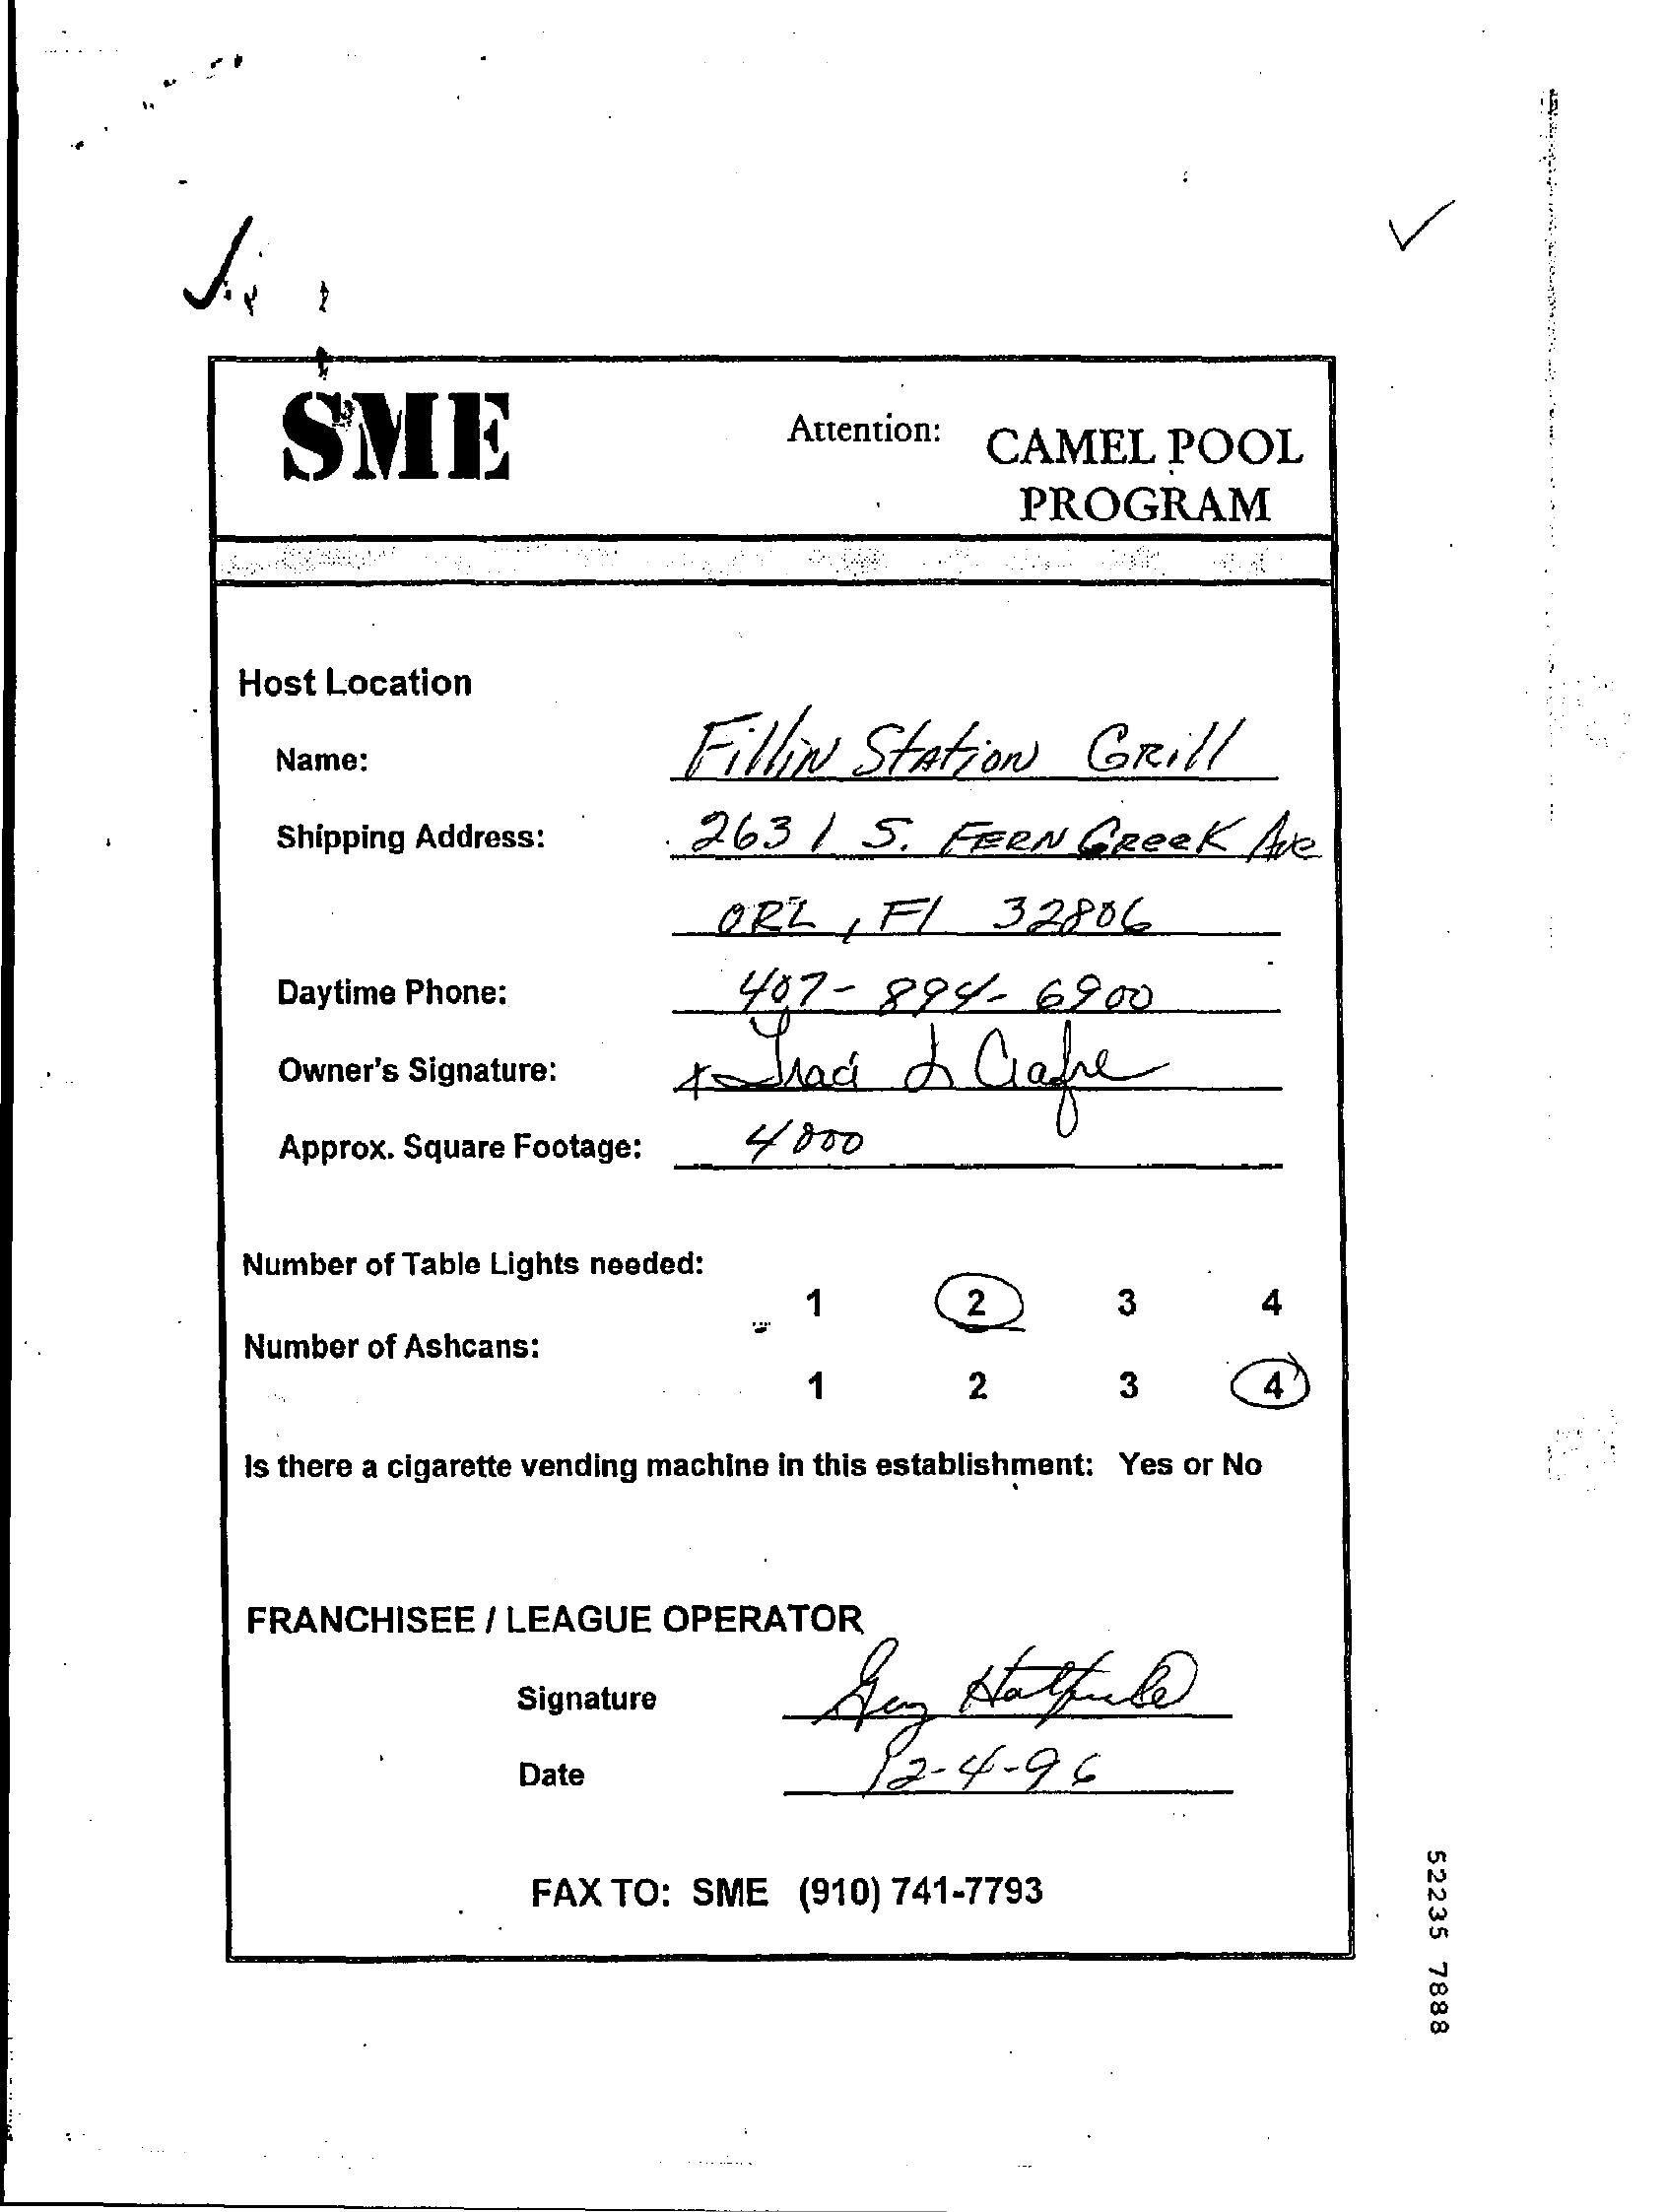
V
     SME    Attention: CAMEL    POOL
     PROGRAM
     Host Location
     Fillin   Station    Grill Name:
     Shipping Address:    263    /  5.  FERN    GREEK    Ave
     ORL    FL    32806
     Daytime Phone:    407-    894-    6900
     Owner's Signature:    Aodlad    I   Care
     Approx. Square Footage:   4000
     Number of Table Lights needed:
     1    2    3
     Number of Ashcans:
     1    2    3
     Is there a cigarette vending machine in this establishment: Yes or No
     FRANCHISEE   / LEAGUE   OPERATOR
     Signature
     12  -4  - 96 Date
     52235
     7888
     FAX TO: SME   (910) 741-7793